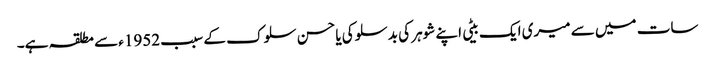
سات میں سے میری ایک بیٹی اپنے شوہر کی بدسلوکی یا حسن سلوک کے سبب 1952ء سے مطلقہ ہے۔